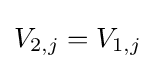
V_{2,j}=V_{1,j}